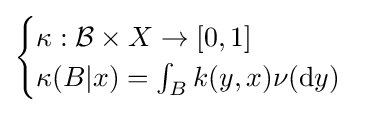
{\begin{cases}\kappa :{\mathcal {B}}\times X\to [0,1]\\\kappa (B|x)=\int _{B}k(y,x)\nu (\mathrm {d} y)\end{cases}}